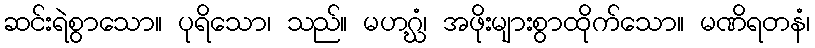
ဆင်းရဲစွာသော။ ပုရိသော၊ သည်။ မဟဂ္ဃံ၊ အဖိုးများစွာထိုက်သော။ မဏိရတနံ၊